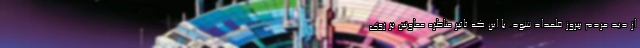
از دید مردم پیروز قلمداد شود. با این که تاثیر مناظره معاونین بر روی